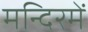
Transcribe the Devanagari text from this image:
मन्दिरमें